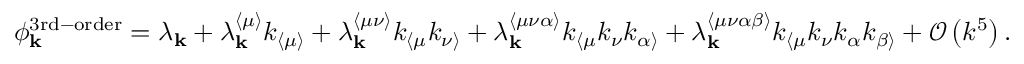
\phi _ { \mathbf { k } } ^ { \mathrm { 3 r d - o r d e r } } = \lambda _ { \mathbf { k } } + \lambda _ { \mathbf { k } } ^ { \langle \mu \rangle } k _ { \langle \mu \rangle } + \lambda _ { \mathbf { k } } ^ { \langle \mu \nu \rangle } k _ { \langle \mu } k _ { \nu \rangle } + \lambda _ { \mathbf { k } } ^ { \langle \mu \nu \alpha \rangle } k _ { \langle \mu } k _ { \nu } k _ { \alpha \rangle } + \lambda _ { \mathbf { k } } ^ { \langle \mu \nu \alpha \beta \rangle } k _ { \langle \mu } k _ { \nu } k _ { \alpha } k _ { \beta \rangle } + \mathcal { O } \left( k ^ { 5 } \right) .